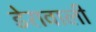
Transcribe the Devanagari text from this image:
डेरावाली